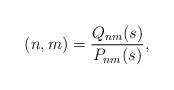
LaTeX: \begin{align*} (n, m) &= \frac{Q_{nm}(s)}{P_{nm}(s)}, \end{align*}